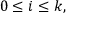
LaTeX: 0 \leq i \leq k ,